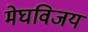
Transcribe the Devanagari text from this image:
मेघविजय